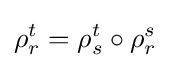
\rho _{r}^{t}=\rho _{s}^{t}\circ \rho _{r}^{s}